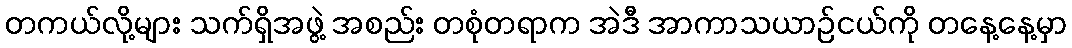
တကယ်လို့များ သက်ရှိအဖွဲ့ အစည်း တစုံတရာက အဲဒီ အာကာသယာဉ်ငယ်ကို တနေ့နေ့မှာ